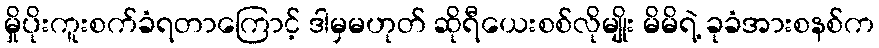
မှိုပိုးကူးစက်ခံရတာကြောင့် ဒါမှမဟုတ် ဆိုရီယေးစစ်လိုမျိုး မိမိရဲ့ ခုခံအားစနစ်က